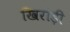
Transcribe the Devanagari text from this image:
खिरोड़ी